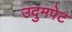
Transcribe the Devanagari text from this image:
उदुमपेट